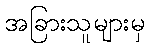
အခြားသူများမှ